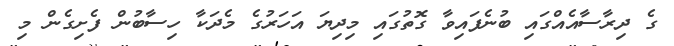
ގެ ދިރާސާއެއްގައި ބުނެފައިވާ ގޮތުގައި މިދިޔަ އަހަރުގެ މެދަކާ ހިސާބުން ފެށިގެން މި